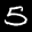
Label: 5